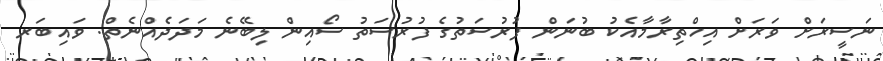
ނަސީރަށް ވަރަށް އިހްތިރާމާއެކު ބުނަން ފުރުސަތުގެ ފުރުސަތު ސޯއިން ލިބޭނެ މަދަދެއްނެތް. ވައިބަރ